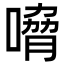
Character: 嗋